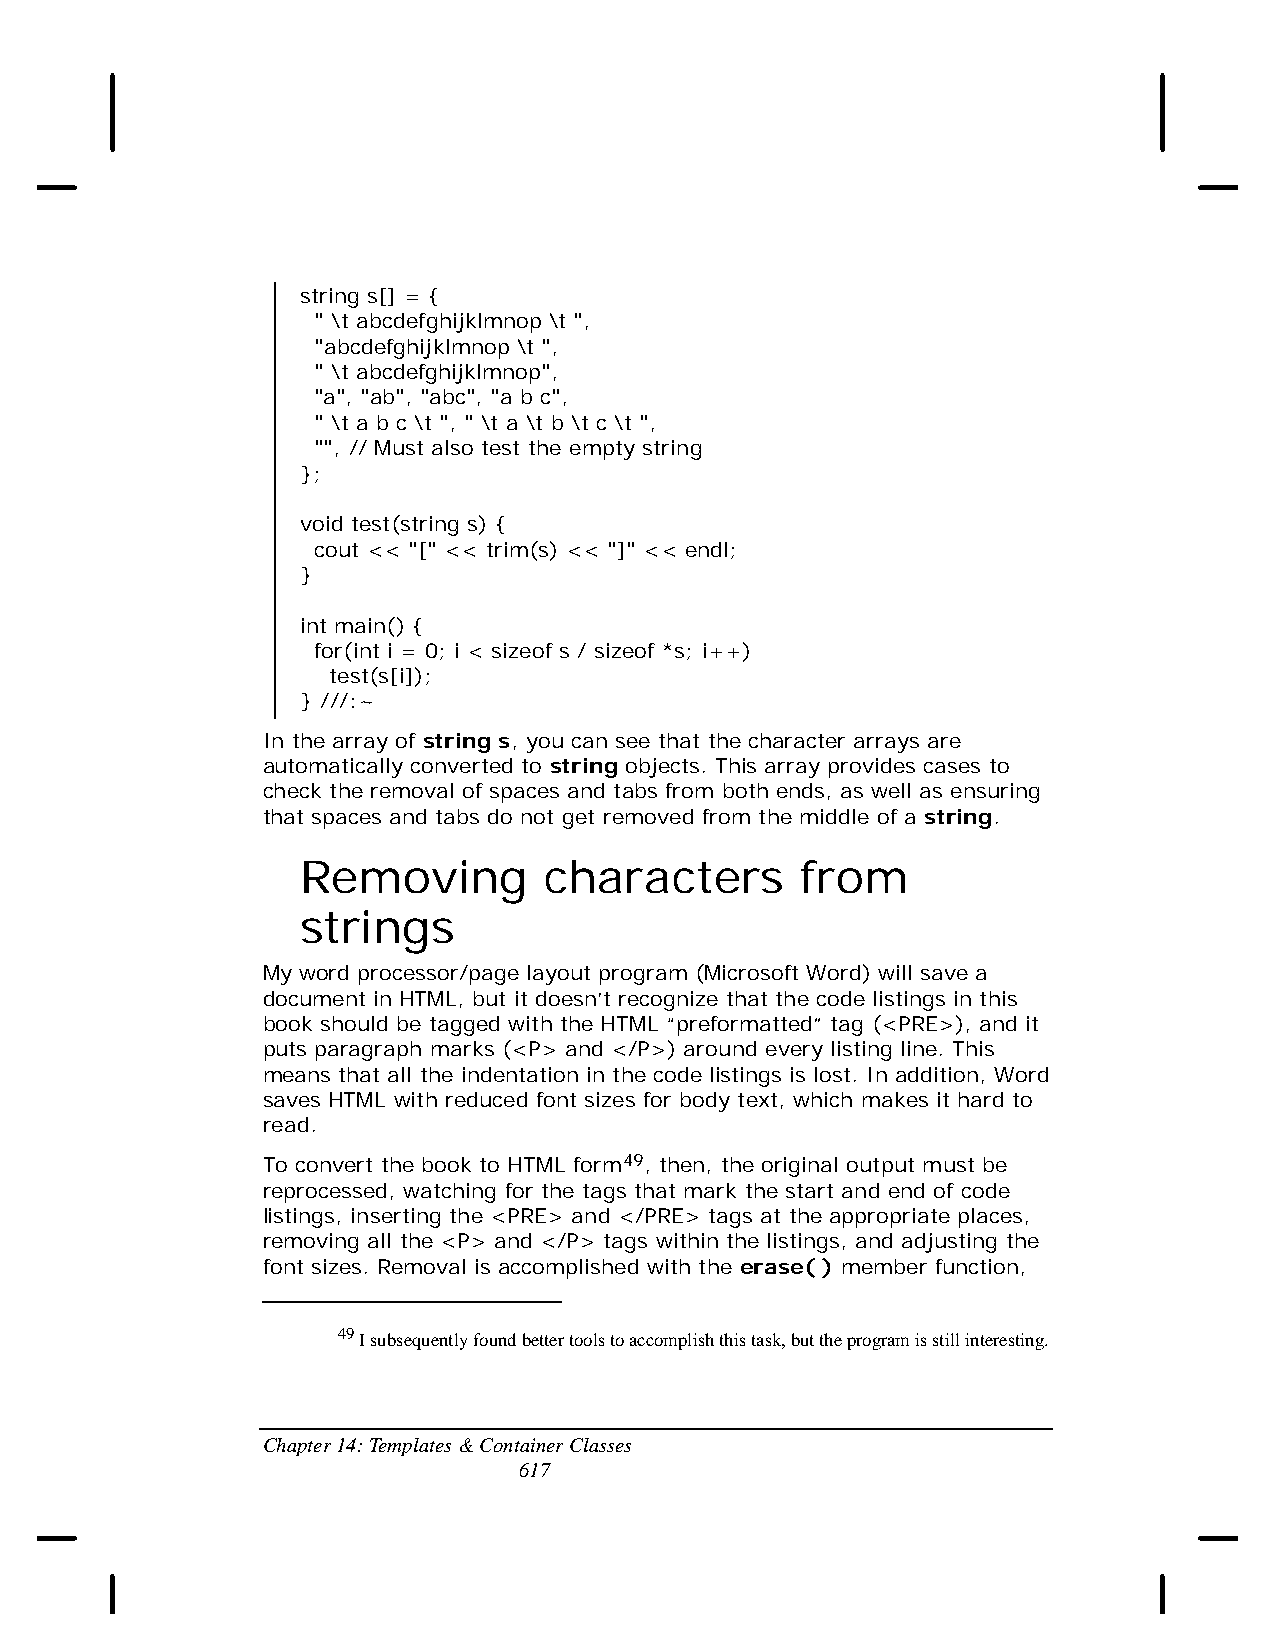
string s[] = {
 " \t abcdefghijklmnop \t ",
 "abcdefghijklmnop \t ",
 " \t abcdefghijklmnop",
 "a", "ab", "abc", "a b c",
 " \t a b c \t ", " \t a \t b \t c \t ",
 "", // Must also test the empty string
 };
 void test(string s) {
 cout << "[" << trim(s) << "]" << endl;
 }
 int main() {
 for(int i = 0; i < sizeof s / sizeof *s; i++)
 test(s[i]);
 } ///:~
 In the array of string s, you can see that the character arrays are
 automatically converted to string objects. This array provides cases to
 check the removal of spaces and tabs from both ends, as well as ensuring
 that spaces and tabs do not get removed from the middle of a string.
 Removing        characters       from
 strings
 My word processor/page layout program (Microsoft Word) will save a
 document in HTML, but it doesn’t recognize that the code listings in this
 book should be tagged with the HTML “preformatted” tag (<PRE>), and it
 puts paragraph marks (<P> and </P>) around every listing line. This
 means that all the indentation in the code listings is lost. In addition, Word
 saves HTML with reduced font sizes for body text, which makes it hard to
 read.
 To convert the book to HTML form49, then, the original output must be
 reprocessed, watching for the tags that mark the start and end of code
 listings, inserting the <PRE> and </PRE> tags at the appropriate places,
 removing all the <P> and </P> tags within the listings, and adjusting the
 font sizes. Removal is accomplished with the erase( ) member function,
 49 I subsequently found better tools to accomplish this task, but the program is still interesting.
 Chapter 14: Templates & Container Classes
 617